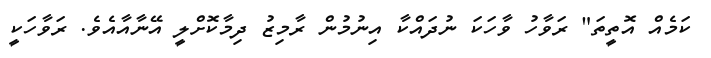
ކަމެއް އޮތީތަ" ރަވާހު ވާހަކަ ނުދައްކާ އިނުމުން ރާމިޒު ދިމާކޮށްލީ އޭނާއާއެވެ. ރަވާހަކީ